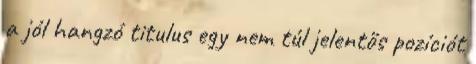
a jól hangzó titulus egy nem túl jelentős pozíciót